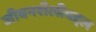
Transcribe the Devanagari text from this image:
जीवनशैलीबद्दल